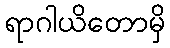
ရာဂါယိတောမှိ